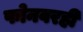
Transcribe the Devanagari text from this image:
फोनवरही